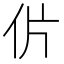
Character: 𰁨